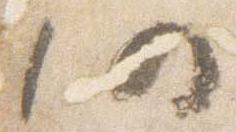
仍